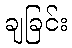
ချခြင်း